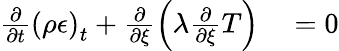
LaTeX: \begin{array}{rl}{\frac{\partial}{\partial t}\left(\rho\epsilon\right)_{t}+\frac{\partial}{\partial\xi}\left(\lambda\frac{\partial}{\partial\xi}T\right)}&{{}=0}\end{array}